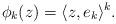
LaTeX: \begin{align*}\phi_k(z)=\langle z,e_k\rangle^k.\end{align*}